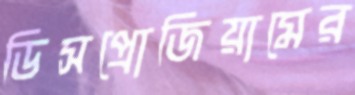
ডিসপ্রোজিয়ামের